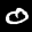
Label: 0